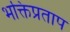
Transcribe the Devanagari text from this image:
भक्तिप्रताप